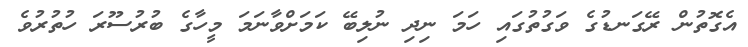
އެގޮތުން ރޭގަނޑުގެ ވަގުތުގައި ހަމަ ނިދި ނުލިބޭ ކަމަށްވާނަމަ މީހާގެ ބުރުސޫރަ ހުތުރުވެ